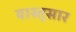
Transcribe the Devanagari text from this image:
वास्तुसार